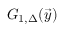
G _ { 1 , \Delta } ( \vec { y } )